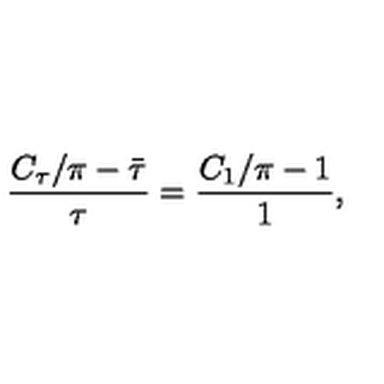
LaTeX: \frac { C _ { \tau } / \pi - \bar { \tau } } { \tau } = \frac { C _ { 1 } / \pi - 1 } { 1 } ,